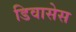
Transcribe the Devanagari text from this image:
डिवासेस